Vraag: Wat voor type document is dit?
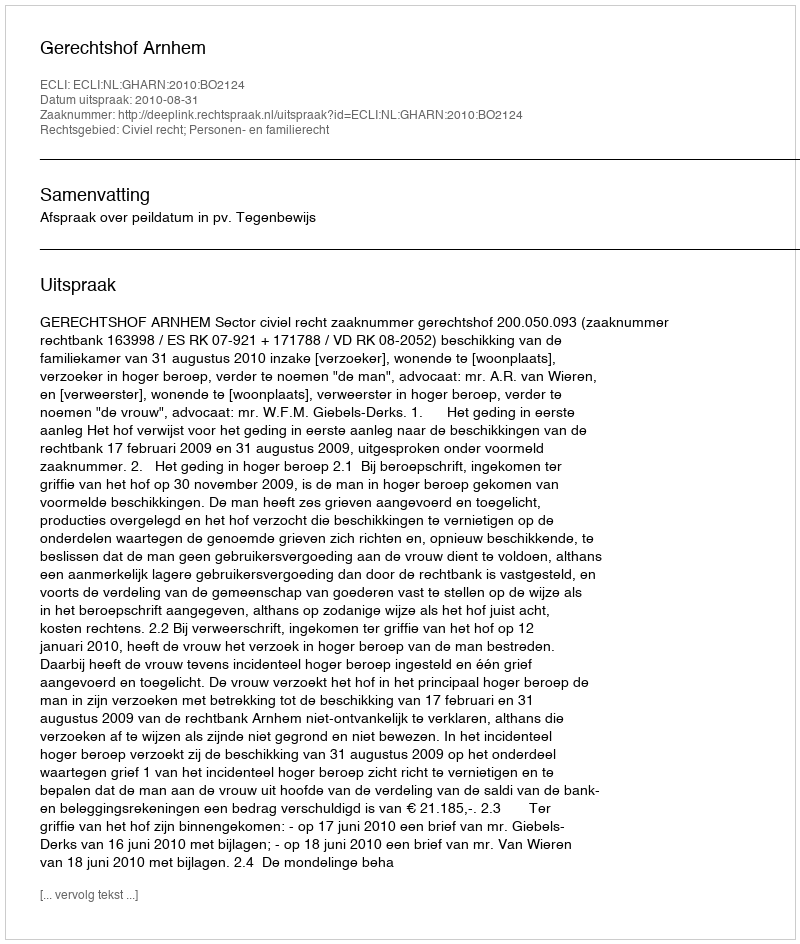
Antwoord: Uitspraak